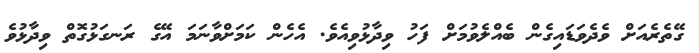
ގޭތެރެއަށް ވެދެވަޑައިގެން ބެއްލެވުމަށް ފަހު ވިދާޅުވިއެވެ. އެހެން ކަމަށްވާނަމަ އޭގެ ރަނގަޅުގޮތް ވިދާޅުވެ